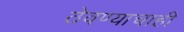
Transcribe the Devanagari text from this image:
ठेवण्याचाही